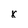
Character: x